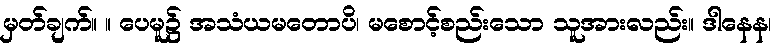
မှတ်ချက်။ ။ ပေမူ၌ အသံယမတောပိ၊ မစောင့်စည်းသော သူအားလည်း။ ဒါနေန၊